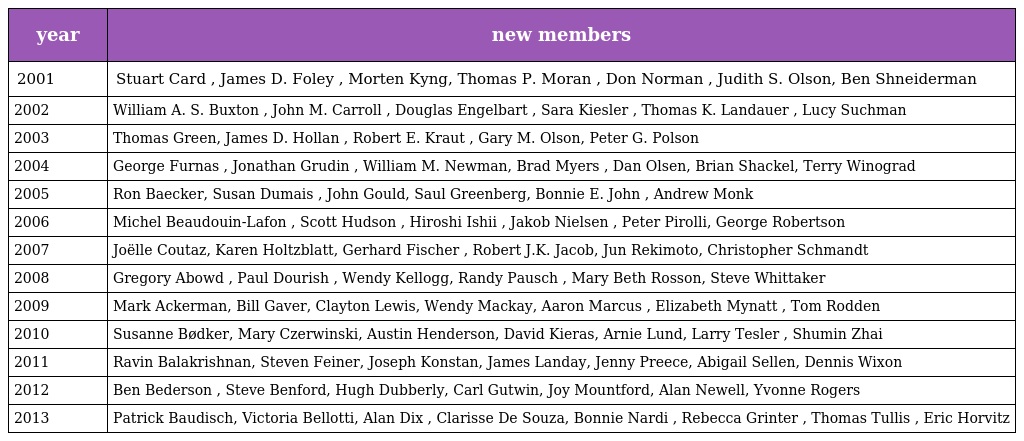
| year | new members |
 | --- | --- |
 | 2001 | Stuart Card , James D. Foley , Morten Kyng, Thomas P. Moran , Don Norman , Judith S. Olson, Ben Shneiderman |
 | 2002 | William A. S. Buxton , John M. Carroll , Douglas Engelbart , Sara Kiesler , Thomas K. Landauer , Lucy Suchman |
 | 2003 | Thomas Green, James D. Hollan , Robert E. Kraut , Gary M. Olson, Peter G. Polson |
 | 2004 | George Furnas , Jonathan Grudin , William M. Newman, Brad Myers , Dan Olsen, Brian Shackel, Terry Winograd |
 | 2005 | Ron Baecker, Susan Dumais , John Gould, Saul Greenberg, Bonnie E. John , Andrew Monk |
 | 2006 | Michel Beaudouin-Lafon , Scott Hudson , Hiroshi Ishii , Jakob Nielsen , Peter Pirolli, George Robertson |
 | 2007 | Joëlle Coutaz, Karen Holtzblatt, Gerhard Fischer , Robert J.K. Jacob, Jun Rekimoto, Christopher Schmandt |
 | 2008 | Gregory Abowd , Paul Dourish , Wendy Kellogg, Randy Pausch , Mary Beth Rosson, Steve Whittaker |
 | 2009 | Mark Ackerman, Bill Gaver, Clayton Lewis, Wendy Mackay, Aaron Marcus , Elizabeth Mynatt , Tom Rodden |
 | 2010 | Susanne Bødker, Mary Czerwinski, Austin Henderson, David Kieras, Arnie Lund, Larry Tesler , Shumin Zhai |
 | 2011 | Ravin Balakrishnan, Steven Feiner, Joseph Konstan, James Landay, Jenny Preece, Abigail Sellen, Dennis Wixon |
 | 2012 | Ben Bederson , Steve Benford, Hugh Dubberly, Carl Gutwin, Joy Mountford, Alan Newell, Yvonne Rogers |
 | 2013 | Patrick Baudisch, Victoria Bellotti, Alan Dix , Clarisse De Souza, Bonnie Nardi , Rebecca Grinter , Thomas Tullis , Eric Horvitz |